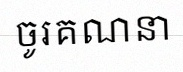
ចូរគណនា